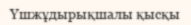
Үшжұдырықшалы қысқы